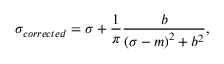
\sigma _ { c o r r e c t e d } = \sigma + \frac { 1 } { \pi } \frac { b } { \left( \sigma - m \right) ^ { 2 } + b ^ { 2 } } ,